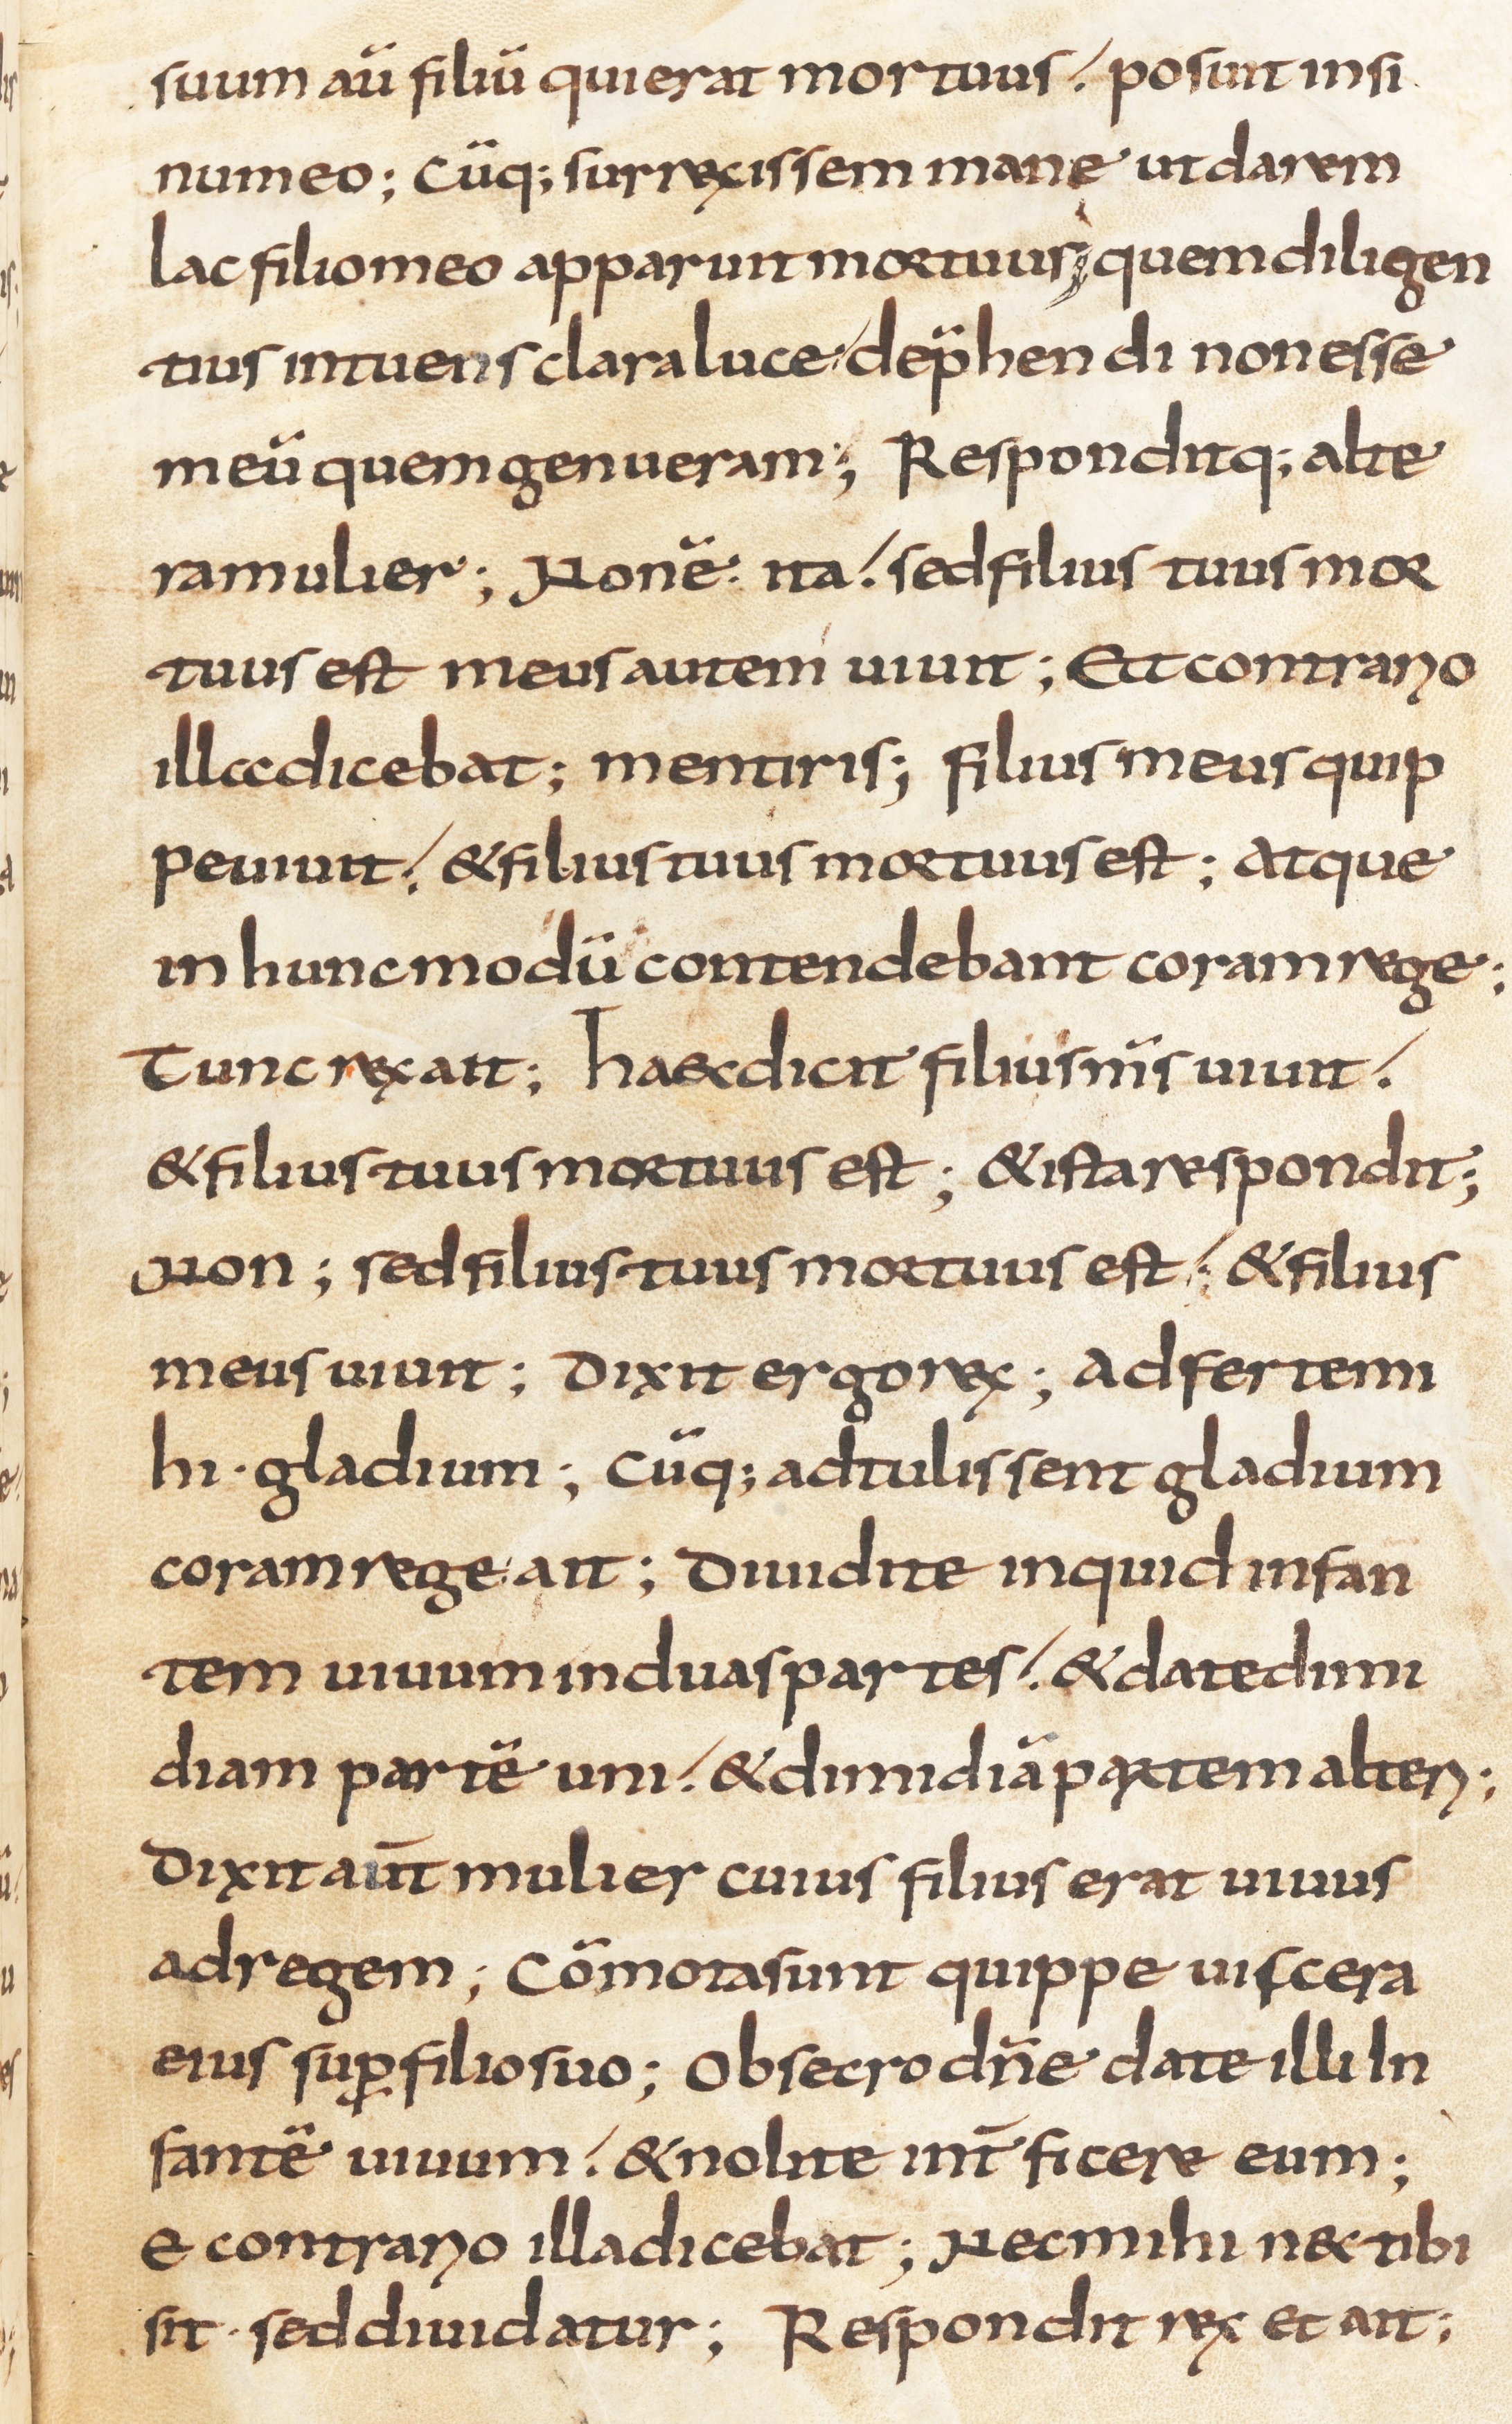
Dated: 800–830